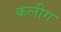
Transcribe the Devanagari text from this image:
कलीग